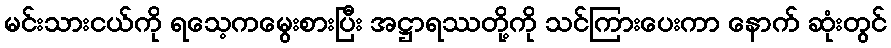
မင်းသားငယ်ကို ရသေ့ကမွေးစားပြီး အဋ္ဌာရဿတို့ကို သင်ကြားပေးကာ နောက် ဆုံးတွင်